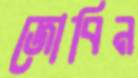
জোবিন